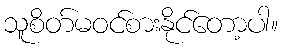
သူစိတ်မဝင်စားနိုင်တော့ပါ။